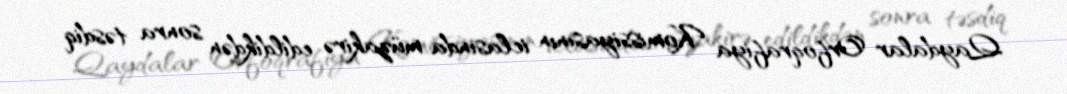
Qaydalar Orfoqrafiya Komissiyasının iclasında müzakirə edildikdən sonra təsdiq